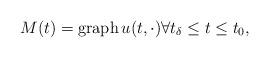
LaTeX: \begin{align*}M(t) = \mathrm{graph \,}u(t, \cdot) \forall t_\delta \leq t \leq t_0,\end{align*}